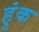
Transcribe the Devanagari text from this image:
हुंक